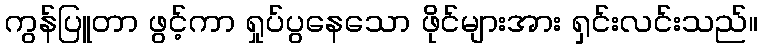
ကွန်ပြူတာ ဖွင့်ကာ ရှုပ်ပွနေသော ဖိုင်များအား ရှင်းလင်းသည်။